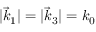
| \vec { k } _ { 1 } | = | \vec { k } _ { 3 } | = k _ { 0 }